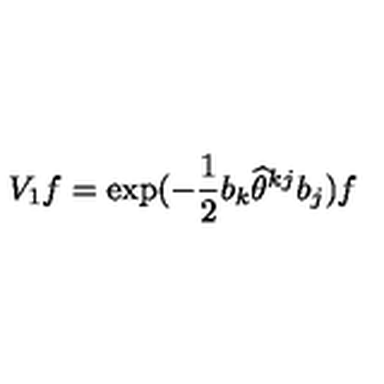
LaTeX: V _ { 1 } f = \exp ( - \frac { 1 } { 2 } b _ { k } \widehat { \theta } ^ { k j } b _ { j } ) f